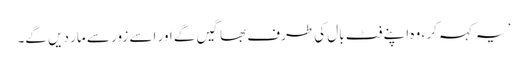
’ یہ کہہ کر ، وہ اپنے فٹ بال کی طرف بھاگیں گے اور اسے زور سے مار دیں گے۔